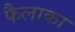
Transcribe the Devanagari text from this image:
फैलाका